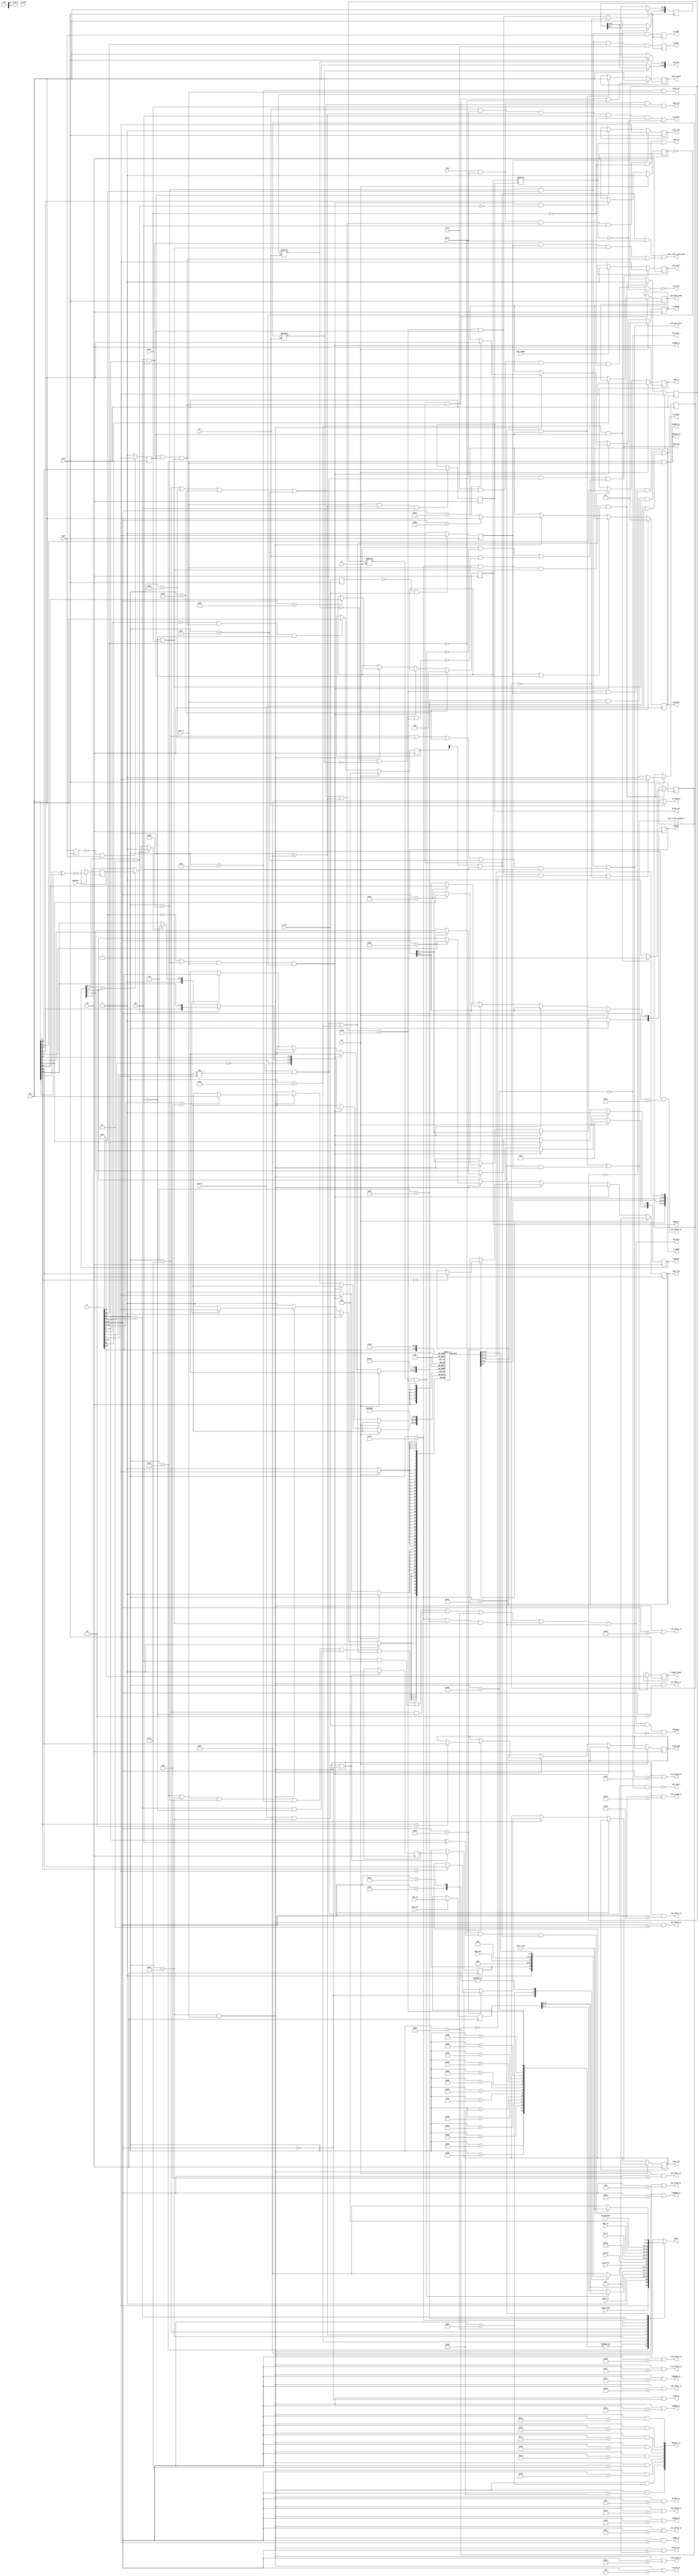
module zports(

	input  wire        zclk,    // z80 clock
	input  wire        clk,

	input  wire [ 7:0] din,
	output reg  [ 7:0] dout,
	output wire        dataout,
	input  wire [15:0] a,

	input  wire        rst,     // system reset
	input  wire        opfetch,

	input  wire        rd,
	input  wire        wr,
	input  wire        rdwr,

	input  wire        iorq,
	input  wire        iorq_s,
	input  wire        iord,
	input  wire        iord_s,
	input  wire        iowr,
	input  wire        iowr_s,
	input  wire        iorw,
	input  wire        iorw_s,

	output wire        porthit,       // when internal port hit occurs, this is 1, else 0; used for iorq1_n iorq2_n on zxbus
	output wire        external_port, // asserts for AY and VG93 accesses

    output wire     zborder_wr  ,
    output wire     border_wr   ,
    output wire     zvpage_wr	,
    output wire     vpage_wr	,
    output wire     vconf_wr	,
    output wire     gx_offsl_wr	,
    output wire     gx_offsh_wr	,
    output wire     gy_offsl_wr	,
    output wire     gy_offsh_wr	,
    output wire     t0x_offsl_wr,
    output wire     t0x_offsh_wr,
    output wire     t0y_offsl_wr,
    output wire     t0y_offsh_wr,
    output wire     t1x_offsl_wr,
    output wire     t1x_offsh_wr,
    output wire     t1y_offsl_wr,
    output wire     t1y_offsh_wr,
    output wire     tsconf_wr	,
    output wire     palsel_wr	,
    output wire     tmpage_wr	,
    output wire     t0gpage_wr	,
    output wire     t1gpage_wr	,
    output wire     sgpage_wr	,
    output wire     hint_beg_wr ,
    output wire     vint_begl_wr,
    output wire     vint_begh_wr,

	output wire [31:0] xt_page,

	output reg [4:0] fmaddr,

	output reg [7:0] sysconf,
	output reg [7:0] memconf,
	output reg [3:0] fddvirt,
	
	output reg [2:0] im2v_frm,
	output reg [2:0] im2v_lin,
	output reg [2:0] im2v_dma,
	output reg [7:0] intmask,

	output wire [8:0] dmaport_wr,
	input  wire       dma_act,

	input  wire        dos,
	input  wire        vdos,
	output  wire       vdos_on,
	output  wire       vdos_off,

	output reg         ay_bdir,
	output reg         ay_bc1,
	output wire        covox_wr,
	output wire        beeper_wr,

	input  wire [ 1:0] rstrom,
	input  wire        tape_read,

// IDE interface
	input  wire [15:0] ide_in,
	output wire [15:0] ide_out,
	output wire        ide_cs0_n,
	output wire        ide_cs1_n,
	output wire        ide_req,
	input  wire        ide_stb,
	input  wire        ide_ready,
	output reg		   ide_stall,

	input  wire [ 4:0] keys_in, // keys (port FE)
	input  wire [ 7:0] mus_in,  // mouse (xxDF)
	input  wire [ 4:0] kj_in,

	input  wire        vg_intrq,
	input  wire        vg_drq,  // from vg93 module - drq + irq read
	output wire        vg_cs_n,
	output wire        vg_wrFF,
   	output reg  [1:0]  drive_sel,    // disk drive selection

// SPI
	output reg         sdcs_n,
	output wire        sd_start,
	output wire [ 7:0] sd_datain,
	input  wire [ 7:0] sd_dataout,

// WAIT-ports related
	output reg  [ 7:0] gluclock_addr,
	output reg  [ 2:0] comport_addr,
	output wire        wait_start_gluclock, // begin wait from some ports
	output wire        wait_start_comport,  //
	output reg         wait_rnw,   // whether it was read(=1) or write(=0)
	output reg  [ 7:0] wait_write,
	input  wire [ 7:0] wait_read

);


	localparam PORTFE = 8'hFE;
	localparam PORTFD = 8'hFD;
	localparam PORTXT = 8'hAF;
	localparam PORTF7 = 8'hF7;
	localparam COVOX  = 8'hFB;
	
	localparam NIDE10 = 8'h10;
	localparam NIDE11 = 8'h11;
	localparam NIDE30 = 8'h30;
	localparam NIDE50 = 8'h50;
	localparam NIDE70 = 8'h70;
	localparam NIDE90 = 8'h90;
	localparam NIDEB0 = 8'hB0;
	localparam NIDED0 = 8'hD0;
	localparam NIDEF0 = 8'hF0;
	localparam NIDE08 = 8'h08;
	localparam NIDE28 = 8'h28;
	localparam NIDE48 = 8'h48;
	localparam NIDE68 = 8'h68;
	localparam NIDE88 = 8'h88;
	localparam NIDEA8 = 8'hA8;
	localparam NIDEC8 = 8'hC8;
	localparam NIDEE8 = 8'hE8;

	localparam VGCOM  = 8'h1F;
	localparam VGTRK  = 8'h3F;
	localparam VGSEC  = 8'h5F;
	localparam VGDAT  = 8'h7F;
	localparam VGSYS  = 8'hFF;

	localparam KJOY   = 8'h1F;
	localparam KMOUSE = 8'hDF;

	localparam SDCFG  = 8'h77;
	localparam SDDAT  = 8'h57;

	localparam COMPORT = 8'hEF;     // F8EF..FFEF - rs232 ports


	wire [7:0] loa=a[7:0];
	wire [7:0] hoa=a[15:8];

    assign porthit =
            ((loa==PORTFE) || (loa==PORTXT) || (loa==PORTFD) || (loa==COVOX))
		 || ((loa==PORTF7) && !dos)
         || ide_all
		 || ((vg_port || vgsys_port) && dos)
         || ((loa==KJOY) && !dos)
		 || (loa==KMOUSE)
         || (((loa==SDCFG) || (loa==SDDAT)) && (!dos || vdos))
         || (loa==COMPORT);

	wire ide_all = ide_even || ide_port11;
	wire ide_even = (loa[2:0] == 3'b000) && (loa[3] != loa[4]);			// even ports
    wire ide_port11 = (loa==NIDE11);									// 11
    wire ide_port10 = (loa==NIDE10);									// 10
    wire ide_portc8 = (loa==NIDEC8);									// C8

    wire vg_port = (loa==VGCOM) | (loa==VGTRK) | (loa==VGSEC) | (loa==VGDAT);
    wire vgsys_port = (loa==VGSYS);

	assign external_port = ((loa==PORTFD) & a[15])        // AY
                        || (((loa==VGCOM) || (loa==VGTRK) || (loa==VGSEC) || (loa==VGDAT)) && dos);

	assign dataout = porthit & iord & (~external_port);


// zclk-synchronous strobes
	reg iowr_reg;
	reg iord_reg;
	reg port_wr;
	reg port_rd;

	always @(posedge zclk)
	begin
		iowr_reg <= iowr;
		iord_reg <= iord;

		if (!iowr_reg && iowr)
			port_wr <= 1'b1;
		else
			port_wr <= 1'b0;

		if (!iord_reg && iord)
			port_rd <= 1'b1;
		else
			port_rd <= 1'b0;
	end


//    wire no_ide = 1'b0;     // this should be compiled conditionally


// reading ports
	always @*
	begin
		case (loa)
		PORTFE:
			dout = {1'b1, tape_read, 1'b0, keys_in};

		NIDE10,NIDE30,NIDE50,NIDE70,NIDE90,NIDEB0,NIDED0,NIDEF0,NIDE08,NIDE28,NIDE48,NIDE68,NIDE88,NIDEA8,NIDEC8,NIDEE8:
			dout = iderdeven;
		NIDE11:
			dout = iderdodd;

        PORTXT:
            begin
            case (hoa)

            XSTAT:
                dout = {1'b0, pwr_up_reg, 6'b0};

            DMASTAT:
                dout = {dma_act, 7'b0};

            RAMPAGE+8'd2, RAMPAGE+8'd3:
                dout = rampage[hoa[1:0]];

            default:
                dout = 8'hFF;

            endcase
            end

		VGSYS:
			dout = {vg_intrq, vg_drq, 6'b111111};

		KJOY:
			dout = {3'b000, kj_in};
		KMOUSE:
			dout = mus_in;

		SDCFG:
			dout = 8'h00; // always SD inserted, SD is in R/W mode
		SDDAT:
			dout = sd_dataout;


		PORTF7:
        begin
			if (!a[14] && (a[8] ^ dos) && gluclock_on) // $BFF7 - data i/o
				dout = wait_read;
				// dout = 8'h55;
			else // any other $xxF7 port
				dout = 8'hFF;
		end

		COMPORT:
        begin
			dout = wait_read; // $F8EF..$FFEF
		end

		default:
			dout = 8'hFF;
		endcase
	end


// power-up
// This bit is loaded as 1 while FPGA is configured
// and automatically reset to 0 after STATUS port reading

    reg pwr_up_reg;
    reg pwr_up = 1'b1;
    always @(posedge clk)
        if (iord_s & (loa == PORTXT) & (hoa == XSTAT))
        begin
            pwr_up_reg <= pwr_up;
            pwr_up <= 1'b0;
        end


// writing ports

//#nnAF
	localparam VCONF		= 8'h00;
	localparam VPAGE		= 8'h01;
	localparam GXOFFSL		= 8'h02;
	localparam GXOFFSH		= 8'h03;
	localparam GYOFFSL		= 8'h04;
	localparam GYOFFSH		= 8'h05;
	localparam TSCONF		= 8'h06;
	localparam PALSEL 		= 8'h07;
	localparam XBORDER		= 8'h0F;

	localparam T0XOFFSL		= 8'h40;
	localparam T0XOFFSH		= 8'h41;
	localparam T0YOFFSL		= 8'h42;
	localparam T0YOFFSH		= 8'h43;
	localparam T1XOFFSL		= 8'h44;
	localparam T1XOFFSH		= 8'h45;
	localparam T1YOFFSL		= 8'h46;
	localparam T1YOFFSH		= 8'h47;

	localparam RAMPAGE		= 8'h10;	// this covers #10-#13
	localparam FMADDR		= 8'h15;
	localparam TMPAGE		= 8'h16;
	localparam T0GPAGE		= 8'h17;
	localparam T1GPAGE		= 8'h18;
	localparam SGPAGE		= 8'h19;
	localparam DMASADDRL	= 8'h1A;
	localparam DMASADDRH	= 8'h1B;
	localparam DMASADDRX	= 8'h1C;
	localparam DMADADDRL	= 8'h1D;
	localparam DMADADDRH	= 8'h1E;
	localparam DMADADDRX	= 8'h1F;

	localparam SYSCONF		= 8'h20;
	localparam MEMCONF		= 8'h21;
	localparam HSINT		= 8'h22;
	localparam VSINTL		= 8'h23;
	localparam VSINTH		= 8'h24;
	localparam IM2VECT		= 8'h25;
		localparam INTFRM		= 3'b000;
		localparam INTLIN		= 3'b001;
		localparam INTDMA		= 3'b010;
	localparam DMALEN		= 8'h26;
	localparam DMACTRL		= 8'h27;
	localparam DMANUM		= 8'h28;
	localparam FDDVIRT		= 8'h29;
	localparam INTMASK		= 8'h2A;

	localparam XSTAT		= 8'h00;
	localparam DMASTAT		= 8'h27;

	assign dmaport_wr[0] = portxt_wr & (hoa == DMASADDRL);
	assign dmaport_wr[1] = portxt_wr & (hoa == DMASADDRH);
	assign dmaport_wr[2] = portxt_wr & (hoa == DMASADDRX);
	assign dmaport_wr[3] = portxt_wr & (hoa == DMADADDRL);
	assign dmaport_wr[4] = portxt_wr & (hoa == DMADADDRH);
	assign dmaport_wr[5] = portxt_wr & (hoa == DMADADDRX);
	assign dmaport_wr[6] = portxt_wr & (hoa == DMALEN);
	assign dmaport_wr[7] = portxt_wr & (hoa == DMACTRL);
	assign dmaport_wr[8] = portxt_wr & (hoa == DMANUM);

	assign zborder_wr   = portfe_wr;
	assign border_wr    = (portxt_wr & (hoa == XBORDER));
    assign zvpage_wr	=  p7ffd_wr;
    assign vpage_wr	    = (portxt_wr & (hoa == VPAGE ));
    assign vconf_wr	    = (portxt_wr & (hoa == VCONF ));
    assign gx_offsl_wr	= (portxt_wr & (hoa == GXOFFSL));
    assign gx_offsh_wr	= (portxt_wr & (hoa == GXOFFSH));
    assign gy_offsl_wr	= (portxt_wr & (hoa == GYOFFSL));
    assign gy_offsh_wr	= (portxt_wr & (hoa == GYOFFSH));
    assign t0x_offsl_wr	= (portxt_wr & (hoa == T0XOFFSL));
    assign t0x_offsh_wr	= (portxt_wr & (hoa == T0XOFFSH));
    assign t0y_offsl_wr	= (portxt_wr & (hoa == T0YOFFSL));
    assign t0y_offsh_wr	= (portxt_wr & (hoa == T0YOFFSH));
    assign t1x_offsl_wr	= (portxt_wr & (hoa == T1XOFFSL));
    assign t1x_offsh_wr	= (portxt_wr & (hoa == T1XOFFSH));
    assign t1y_offsl_wr	= (portxt_wr & (hoa == T1YOFFSL));
    assign t1y_offsh_wr	= (portxt_wr & (hoa == T1YOFFSH));
    assign tsconf_wr	= (portxt_wr & (hoa == TSCONF));
    assign palsel_wr	= (portxt_wr & (hoa == PALSEL));
	assign tmpage_wr	= (portxt_wr & (hoa == TMPAGE));
	assign t0gpage_wr	= (portxt_wr & (hoa == T0GPAGE));
	assign t1gpage_wr	= (portxt_wr & (hoa == T1GPAGE));
	assign sgpage_wr	= (portxt_wr & (hoa == SGPAGE));
    assign hint_beg_wr  = (portxt_wr & (hoa == HSINT ));
    assign vint_begl_wr = (portxt_wr & (hoa == VSINTL));
    assign vint_begh_wr = (portxt_wr & (hoa == VSINTH));

	assign beeper_wr = portfe_wr;
	wire portfe_wr = (loa==PORTFE) && iowr_s;
	assign covox_wr  = (loa==COVOX) && iowr_s;
	wire portxt_wr = (loa==PORTXT) && iowr_s;

	reg [7:0] rampage[0:3];
	assign xt_page = {rampage[3], rampage[2], rampage[1], rampage[0]};

    wire lock128 = lock128_3 ? 1'b0 : (lock128_2 ? m1_lock128 : memconf[6]);
	wire lock128_2 = memconf[7:6] == 2'b10;		// mode 2
	wire lock128_3 = memconf[7:6] == 2'b11;     // mode 3

	reg m1_lock128;
    always @(posedge clk)
		if (opfetch)
			m1_lock128 <= !(din[7] ^ din[6]);


	always @(posedge clk)
		if (rst)
		begin
			fmaddr[4] <= 1'b0;
			im2v_frm <= 3'b111;
			intmask <= 8'b1;
			fddvirt <= 4'b0;
			sysconf <= 8'h01;       // turbo 7 MHz
			memconf <= 8'h04;       // no map

			rampage[0] <= 8'h00;
			rampage[1] <= 8'h05;
			rampage[2] <= 8'h02;
			rampage[3] <= 8'h00;
		end

        else
       	if (p7ffd_wr)
        begin
            memconf[0] <= din[4];
            rampage[3] <= {2'b0, lock128_3 ? {din[5], din[7:6]} : ({1'b0, lock128 ? 2'b0 : din[7:6]}), din[2:0]};
        end

		else
		if (portxt_wr)
		begin
			if (hoa[7:2] == RAMPAGE[7:2])
				rampage[hoa[1:0]] <= din;
			if (hoa == FMADDR)
				fmaddr <= din[4:0];
			if (hoa == SYSCONF)
				sysconf <= din;
			if (hoa == MEMCONF)
				memconf <= din;
			if (hoa == IM2VECT)
			begin
				if (din[6:4] == INTFRM)
					im2v_frm <= din[3:1];
				if (din[6:4] == INTLIN)
					im2v_lin <= din[3:1];
				if (din[6:4] == INTDMA)
					im2v_dma <= din[3:1];
			end
			if (hoa == FDDVIRT)
				fddvirt <= din[3:0];
			if (hoa == INTMASK)
				intmask <= din;
		end


// 7FFD port
	wire p7ffd_wr = !a[15] && (loa==PORTFD) && iowr_s && !lock48;

	reg lock48;
	always @(posedge clk)
		if (rst)
			lock48 <= 1'b0;
		else if (p7ffd_wr && !lock128_3)
			lock48 <= din[5];


// AY control
	wire ay_hit = (loa==PORTFD) & a[15];

    always @(posedge zclk)
    begin
        ay_bc1  <= ay_hit & a[14] & iorw;
        ay_bdir <= ay_hit & iowr;
    end


// VG93
    wire virt_vg = fddvirt[drive_sel];

    assign vg_cs_n = !(iorw && vg_port && dos && !vdos && !virt_vg);
    assign vg_wrFF = wr && iorq_s && vgsys_port && dos && !vdos && !virt_vg;

    assign vdos_on  = rdwr && iorq_s && (vg_port || vgsys_port) && dos && !vdos && virt_vg;
    assign vdos_off = rdwr && iorq_s && vg_port && vdos;

    // write drive number
    always @(posedge clk)
        if (iowr_s & vgsys_port & dos)
            drive_sel <= din[1:0];


// SD card (Z-controlr compatible)
	wire sdcfg_wr;
    wire sddat_wr;
    wire sddat_rd;

	assign sdcfg_wr = ((loa==SDCFG) && iowr_s && (!dos || vdos));
	assign sddat_wr = ((loa==SDDAT) && iowr_s && (!dos || vdos));
	assign sddat_rd = ((loa==SDDAT) && iord_s);

	// SDCFG write - sdcs_n control
	always @(posedge clk)
		if (rst)
			sdcs_n <= 1'b1;
		else if (sdcfg_wr)
			sdcs_n <= din[1];


	// start signal for SPI module with resyncing to fclk
	assign sd_start = sddat_wr || sddat_rd;


	// data for SPI module
	assign sd_datain = wr ? din : 8'hFF;


// xxF7
	wire portf7_wr = ((loa==PORTF7) && (a[8]==1'b1) && port_wr && (!dos || vdos));
	wire portf7_rd = ((loa==PORTF7) && (a[8]==1'b1) && port_rd && (!dos || vdos));


// EFF7 port
    reg [7:0] peff7;
	always @(posedge clk)
		if (rst)
			peff7 <= 8'h00;
		else if (!a[12] && portf7_wr && !dos)   // #EEF7 in dos is not accessible
			peff7 <= din;


// gluclock ports
	wire gluclock_on = peff7[7] || dos;        // in dos mode EEF7 is not accessible, gluclock access is ON in dos mode.

	always @(posedge zclk)
		if (gluclock_on && portf7_wr) // gluclocks on
			if( !a[13] ) // $DFF7 - addr reg
				gluclock_addr <= din;


// write to wait registers
	always @(posedge zclk)
	begin
		// gluclocks
		if (gluclock_on && portf7_wr && !a[14]) // $BFF7 - data reg
			wait_write <= din;
		// com ports
		else if (comport_wr) // $F8EF..$FFEF - comports
			wait_write <= din;
	end


// comports
	wire comport_wr   = ((loa==COMPORT) && port_wr);
	wire comport_rd   = ((loa==COMPORT) && port_rd);

	always @(posedge zclk)
		if (comport_wr || comport_rd)
			comport_addr <= a[10:8];


// wait from wait registers
	// ACHTUNG!!!! here portxx_wr are ON Z80 CLOCK! logic must change when moving to clk strobes
	assign wait_start_gluclock = (gluclock_on && !a[14] && (portf7_rd || portf7_wr)); // $BFF7 - gluclock r/w
	assign wait_start_comport = (comport_rd || comport_wr);

	always @(posedge zclk) // wait rnw - only meanful during wait
	begin
		if (port_wr)
			wait_rnw <= 1'b0;

		if (port_rd)
			wait_rnw <= 1'b1;
	end


// IDE ports
    // do NOT generate IDE write, if neither of ide_wrhi|lo latches set and writing to NIDE10
	wire ide_cs0 = ide_even && !ide_portc8;
	wire ide_cs1 = ide_portc8;
	wire ide_rd = rd && !(ide_rd_latch && ide_port10);
	wire ide_wr = wr && !(!ide_wrlo_latch && !ide_wrhi_latch && ide_port10);
    assign ide_req = iorq_s && ide_even && (ide_rd || ide_wr);
	assign ide_cs0_n = !ide_cs0;
	assign ide_cs1_n = !ide_cs1;

	
	always @(posedge clk)
		if (ide_req)
			ide_stall <= 1'b1;
		else if (ide_ready)
			ide_stall <= 1'b0;
	
	
	// control read & write triggers, which allow nemo-divide mod to work.
	// read trigger:
	reg ide_rd_trig;  // nemo-divide read trigger
	always @(posedge zclk)
	begin
		if (ide_port10 && port_rd && !ide_rd_trig)
			ide_rd_trig <= 1'b1;
		else if (ide_all && (port_rd || port_wr))
			ide_rd_trig <= 1'b0;
	end


    // two triggers for write sequence
	reg ide_wrlo_trig,  ide_wrhi_trig;  // nemo-divide write triggers
	always @(posedge zclk)
	if (ide_all && (port_rd || port_wr))
	begin
		if (ide_port11 && port_wr)
			ide_wrhi_trig <= 1'b1;
		else
			ide_wrhi_trig <= 1'b0;

		if (ide_port10 && port_wr && !ide_wrhi_trig && !ide_wrlo_trig)
			ide_wrlo_trig <= 1'b1;
		else
			ide_wrlo_trig <= 1'b0;
	end


	// normal read: #10(low), #11(high)
	// divide read: #10(low), #10(high)
	//
	// normal write: #11(high), #10(low)
	// divide write: #10(low),  #10(high)

	reg  [15:0] idewrreg; // write register, either low or high part is pre-written here,
	                      // while other part is out directly from Z80 bus
	always @(posedge zclk)
	begin
		if (port_wr && ide_port11)
			idewrreg[15:8] <= din;

		if (port_wr && ide_port10 && !ide_wrlo_trig)
			idewrreg[ 7:0] <= din;
	end


	// generate read cycles for IDE as usual, except for reading #10
	// instead of #11 for high byte (nemo-divide). I use additional latch
	// since 'ide_rd_trig' clears during second Z80 IO read cycle to #10
	reg ide_rd_latch; // to save state of trigger during read cycle
	always @*
        if (!rd)
            ide_rd_latch <= ide_rd_trig;

	reg ide_wrlo_latch, ide_wrhi_latch; // save state during write cycles
	always @*
        if (!wr)
        begin
            ide_wrlo_latch <= ide_wrlo_trig; // same for write triggers
            ide_wrhi_latch <= ide_wrhi_trig;
        end


	// data read by Z80 from IDE
	wire idein_lo_rd  = port_rd && ide_port10 && (!ide_rd_trig);                      // while high part is remembered here
	wire [7:0] iderdodd = iderdreg[15:8];                                               // read data from "odd" port (#11)
	wire [7:0] iderdeven = (ide_rd_latch && ide_port10) ? iderdreg[15:8] : iderdreg[7:0];  // to control read data from "even" ide ports (all except #11)
	// wire [7:0] iderdeven = (ide_rd_latch && ide_port10) ? idehiin[7:0] : ide_in[7:0];  // to control read data from "even" ide ports (all except #11)

	reg [15:0] iderdreg;
	// reg [7:0] idehiin;                  // IDE high part read register: low part is read directly to Z80 bus,
	always @(posedge clk)
        if (ide_stb)
			iderdreg <= ide_in;
        // if (idein_lo_rd)
			// idehiin <= ide_in[15:8];


	// data written to IDE from Z80
	wire [7:0] ideout1 = ide_wrhi_latch ? idewrreg[15:8] : din[ 7:0];
	wire [7:0] ideout0 = ide_wrlo_latch ? idewrreg[ 7:0] : din[ 7:0];
    assign ide_out = {ideout1, ideout0};

endmodule